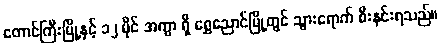
တောင်ကြီးမြို့နှင့် ၁၂ မိုင် အကွာ ရှိ ရွှေညောင်မြို့တွင် သွားရောက် စီးနင်းရသည်။